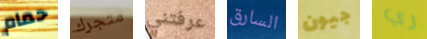
حمام متجرك عرفتني السارق جيون ري